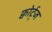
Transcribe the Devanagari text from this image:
क्वोर्ट्‌ज